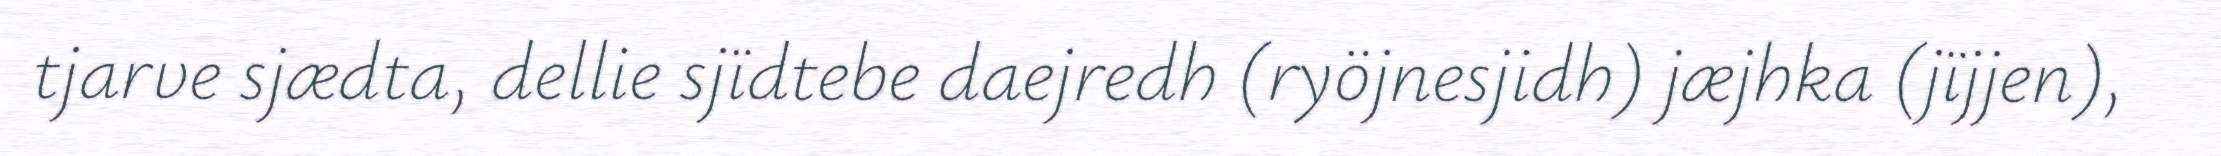
tjarve sjædta, dellie sjïdtebe daejredh (ryöjnesjidh) jæjhka (jïjjen),